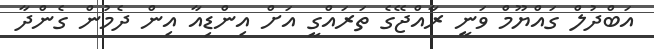
އަބްދުލް ގައްޔޫމް ވަނީ ރާއްޖޭގެ ތަރައްގީ އަށް އިންޑިއާ އިން ދެމުން ގެންދާ